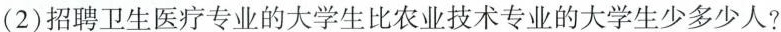
(2)招聘卫生医疗专业的大学生比农业技术专业的大学生少多少人?